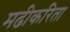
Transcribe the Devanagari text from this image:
मढीकरिता